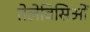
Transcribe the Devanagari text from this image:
तेलेविसिओं